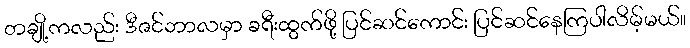
တချို့ကလည်း ဒီဇင်ဘာလမှာ ခရီးထွက်ဖို့ ပြင်ဆင်ကောင်း ပြင်ဆင်နေကြပါလိမ့်မယ်။